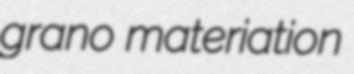
grano materiation